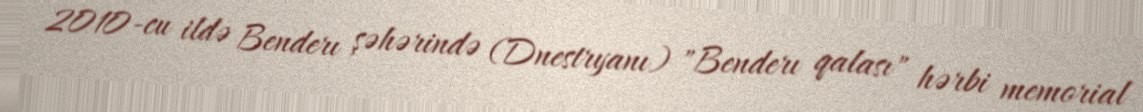
2010-cu ildə Benderı şəhərində (Dnestryanı) "Benderı qalası" hərbi memorial